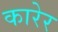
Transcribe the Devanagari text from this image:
कारेर